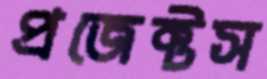
প্রজেক্টস